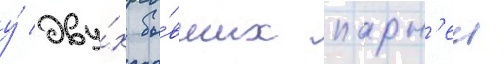
у́ дву́х бы́вших парн'еи